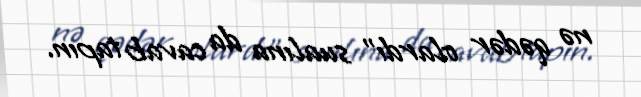
nə qədər olardı” sualına da cavab tapın.